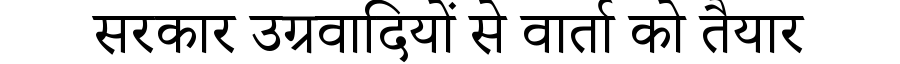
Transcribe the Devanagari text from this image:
सरकार उग्रवादियों से वार्ता को तैयार